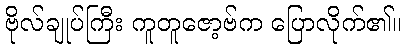
ဗိုလ်ချုပ်ကြီး ကူတူဇော့ဗ်က ပြောလိုက်၏။